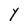
Character: Y